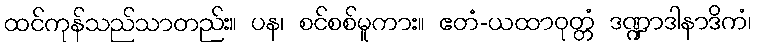
ထင်ကုန်သည်သာတည်း။ ပန၊ စင်စစ်မူကား။ ဧတံ-ယထာဝုတ္တံ ဒဏ္ဍာဒါနာဒိကံ၊